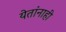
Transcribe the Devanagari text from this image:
येतांनाही